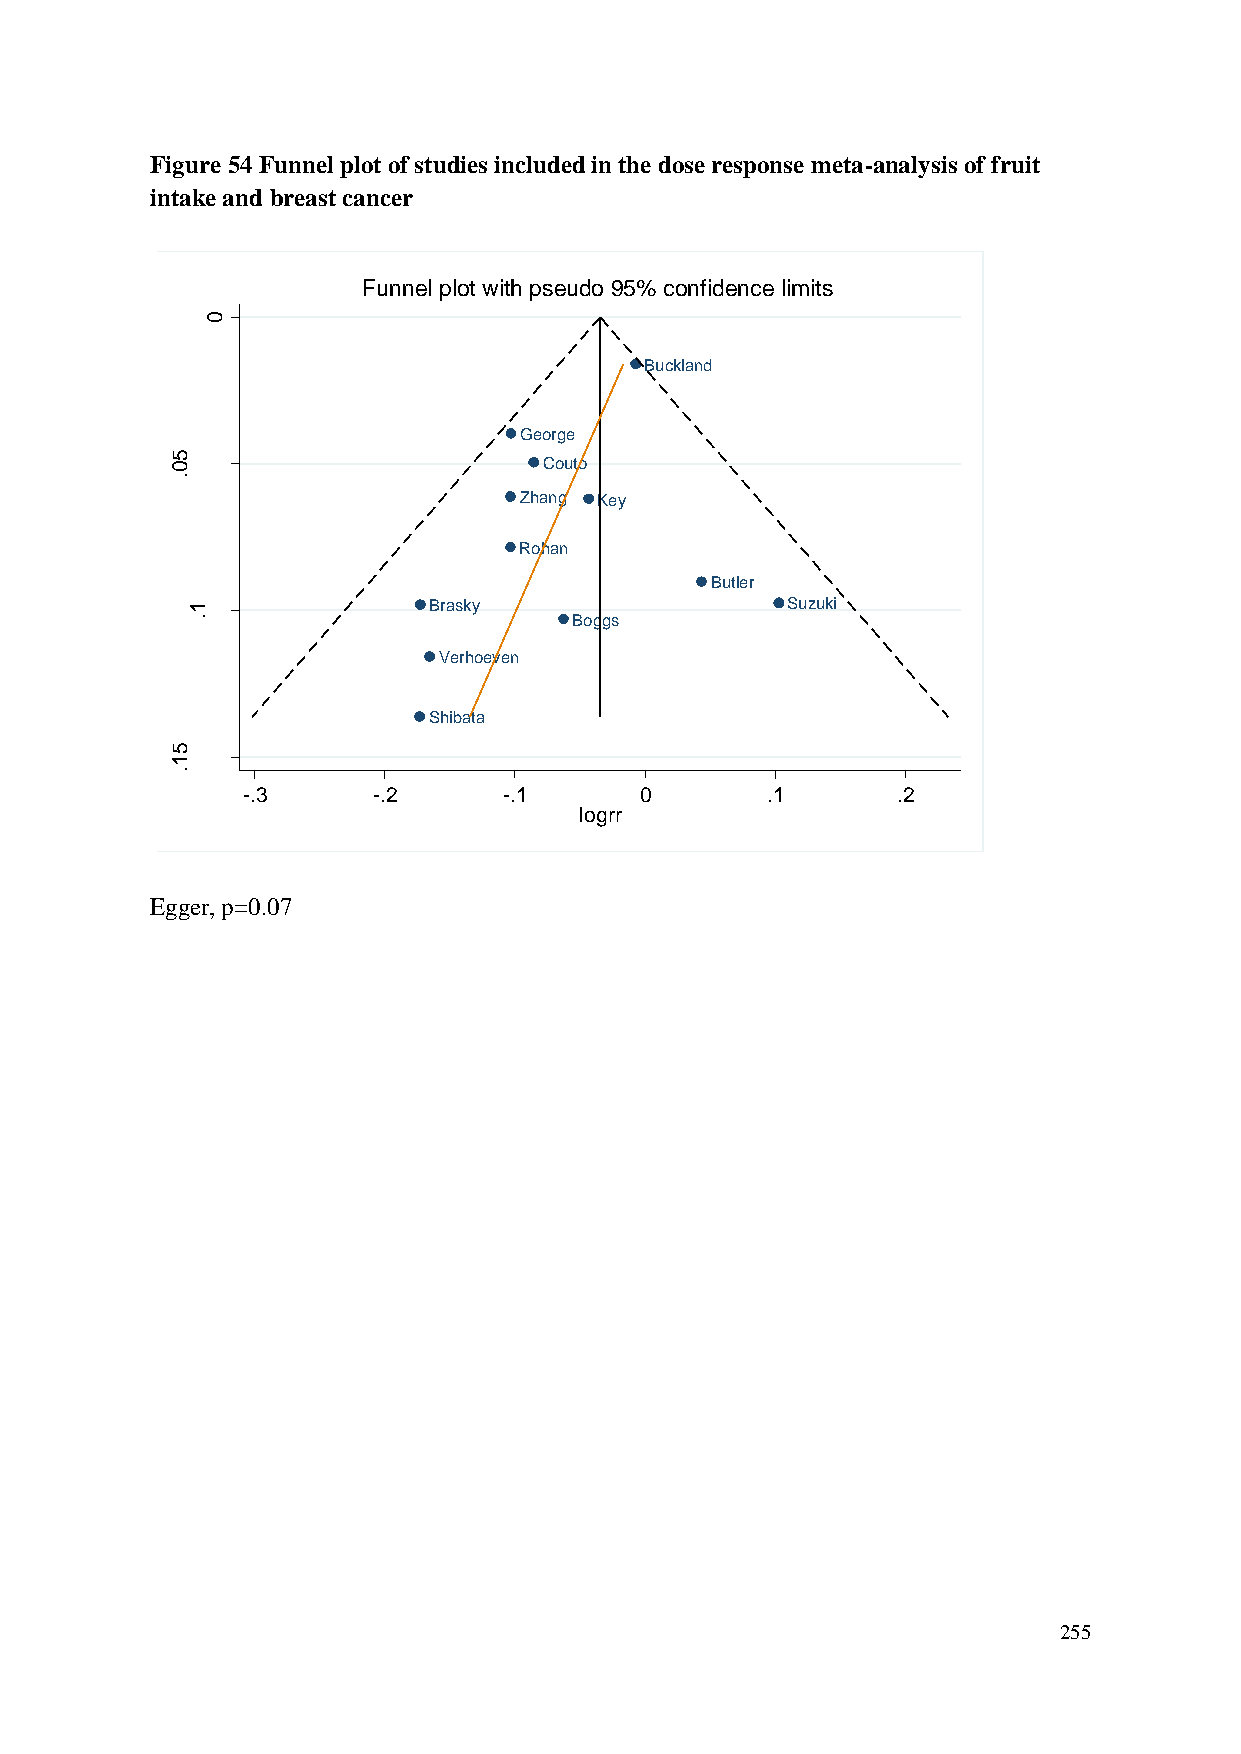
Figure 54 Funnel plot of studies included in the dose response meta-analysis of fruit
 intake and breast cancer
 Funnel plot with pseudo 95% confidence limits
 0
 Buckland
 George
 5
 0                        Couto
 .
 r r g                          Zhang Key
 o
 l
 fo
 Rohan
 .e
 .s                                          Butler
 1               Brasky                  Suzuki
 .                         Boggs
 Verhoeven
 Shibata
 5
 1
 .
 -.3      -.2     -.1      0        .1      .2
 logrr
 Egger, p=0.07
 255